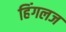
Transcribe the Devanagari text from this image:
हिंगलज